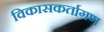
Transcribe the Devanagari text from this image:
विकासकर्तागण